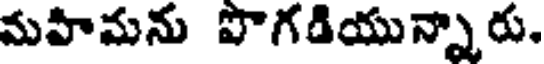
మహిమను పొగడియున్నారు.